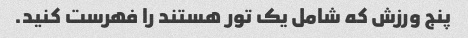
پنج ورزش که شامل یک تور هستند را فهرست کنید.